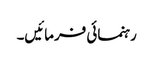
رہنمائی فرمائیں۔